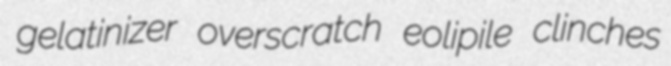
gelatinizer overscratch eolipile clinches